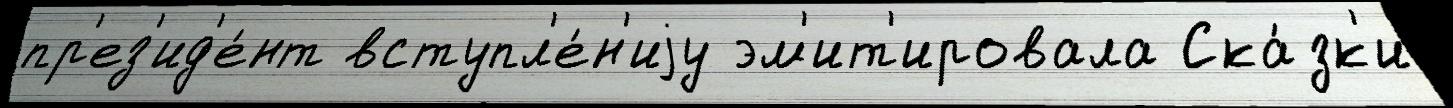
пр'ез'ид'е́нт вступл'е́н'иjу эм'ит'ировала Ска́зк'и